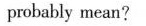
probably mean?